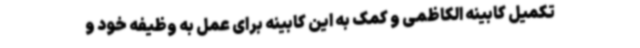
تکمیل کابینه الکاظمی و کمک به این کابینه برای عمل به وظیفه‌ خود و